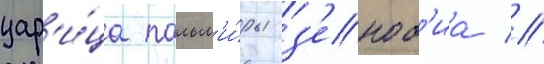
цар'и́ца пальм'и́ры з'еноб'иа //